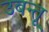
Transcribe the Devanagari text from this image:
उबन्तू